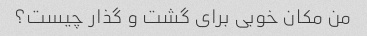
من مکان خوبی برای گشت و گذار چیست؟